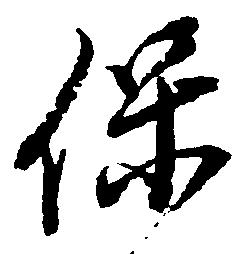
保